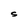
Character: S